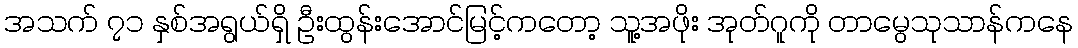
အသက် ၇၁ နှစ်အရွယ်ရှိ ဦးထွန်းအောင်မြင့်ကတော့ သူ့အဖိုး အုတ်ဂူကို တာမွေသုသာန်ကနေ